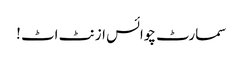
سمارٹ چوائس ازنٹ اٹ !